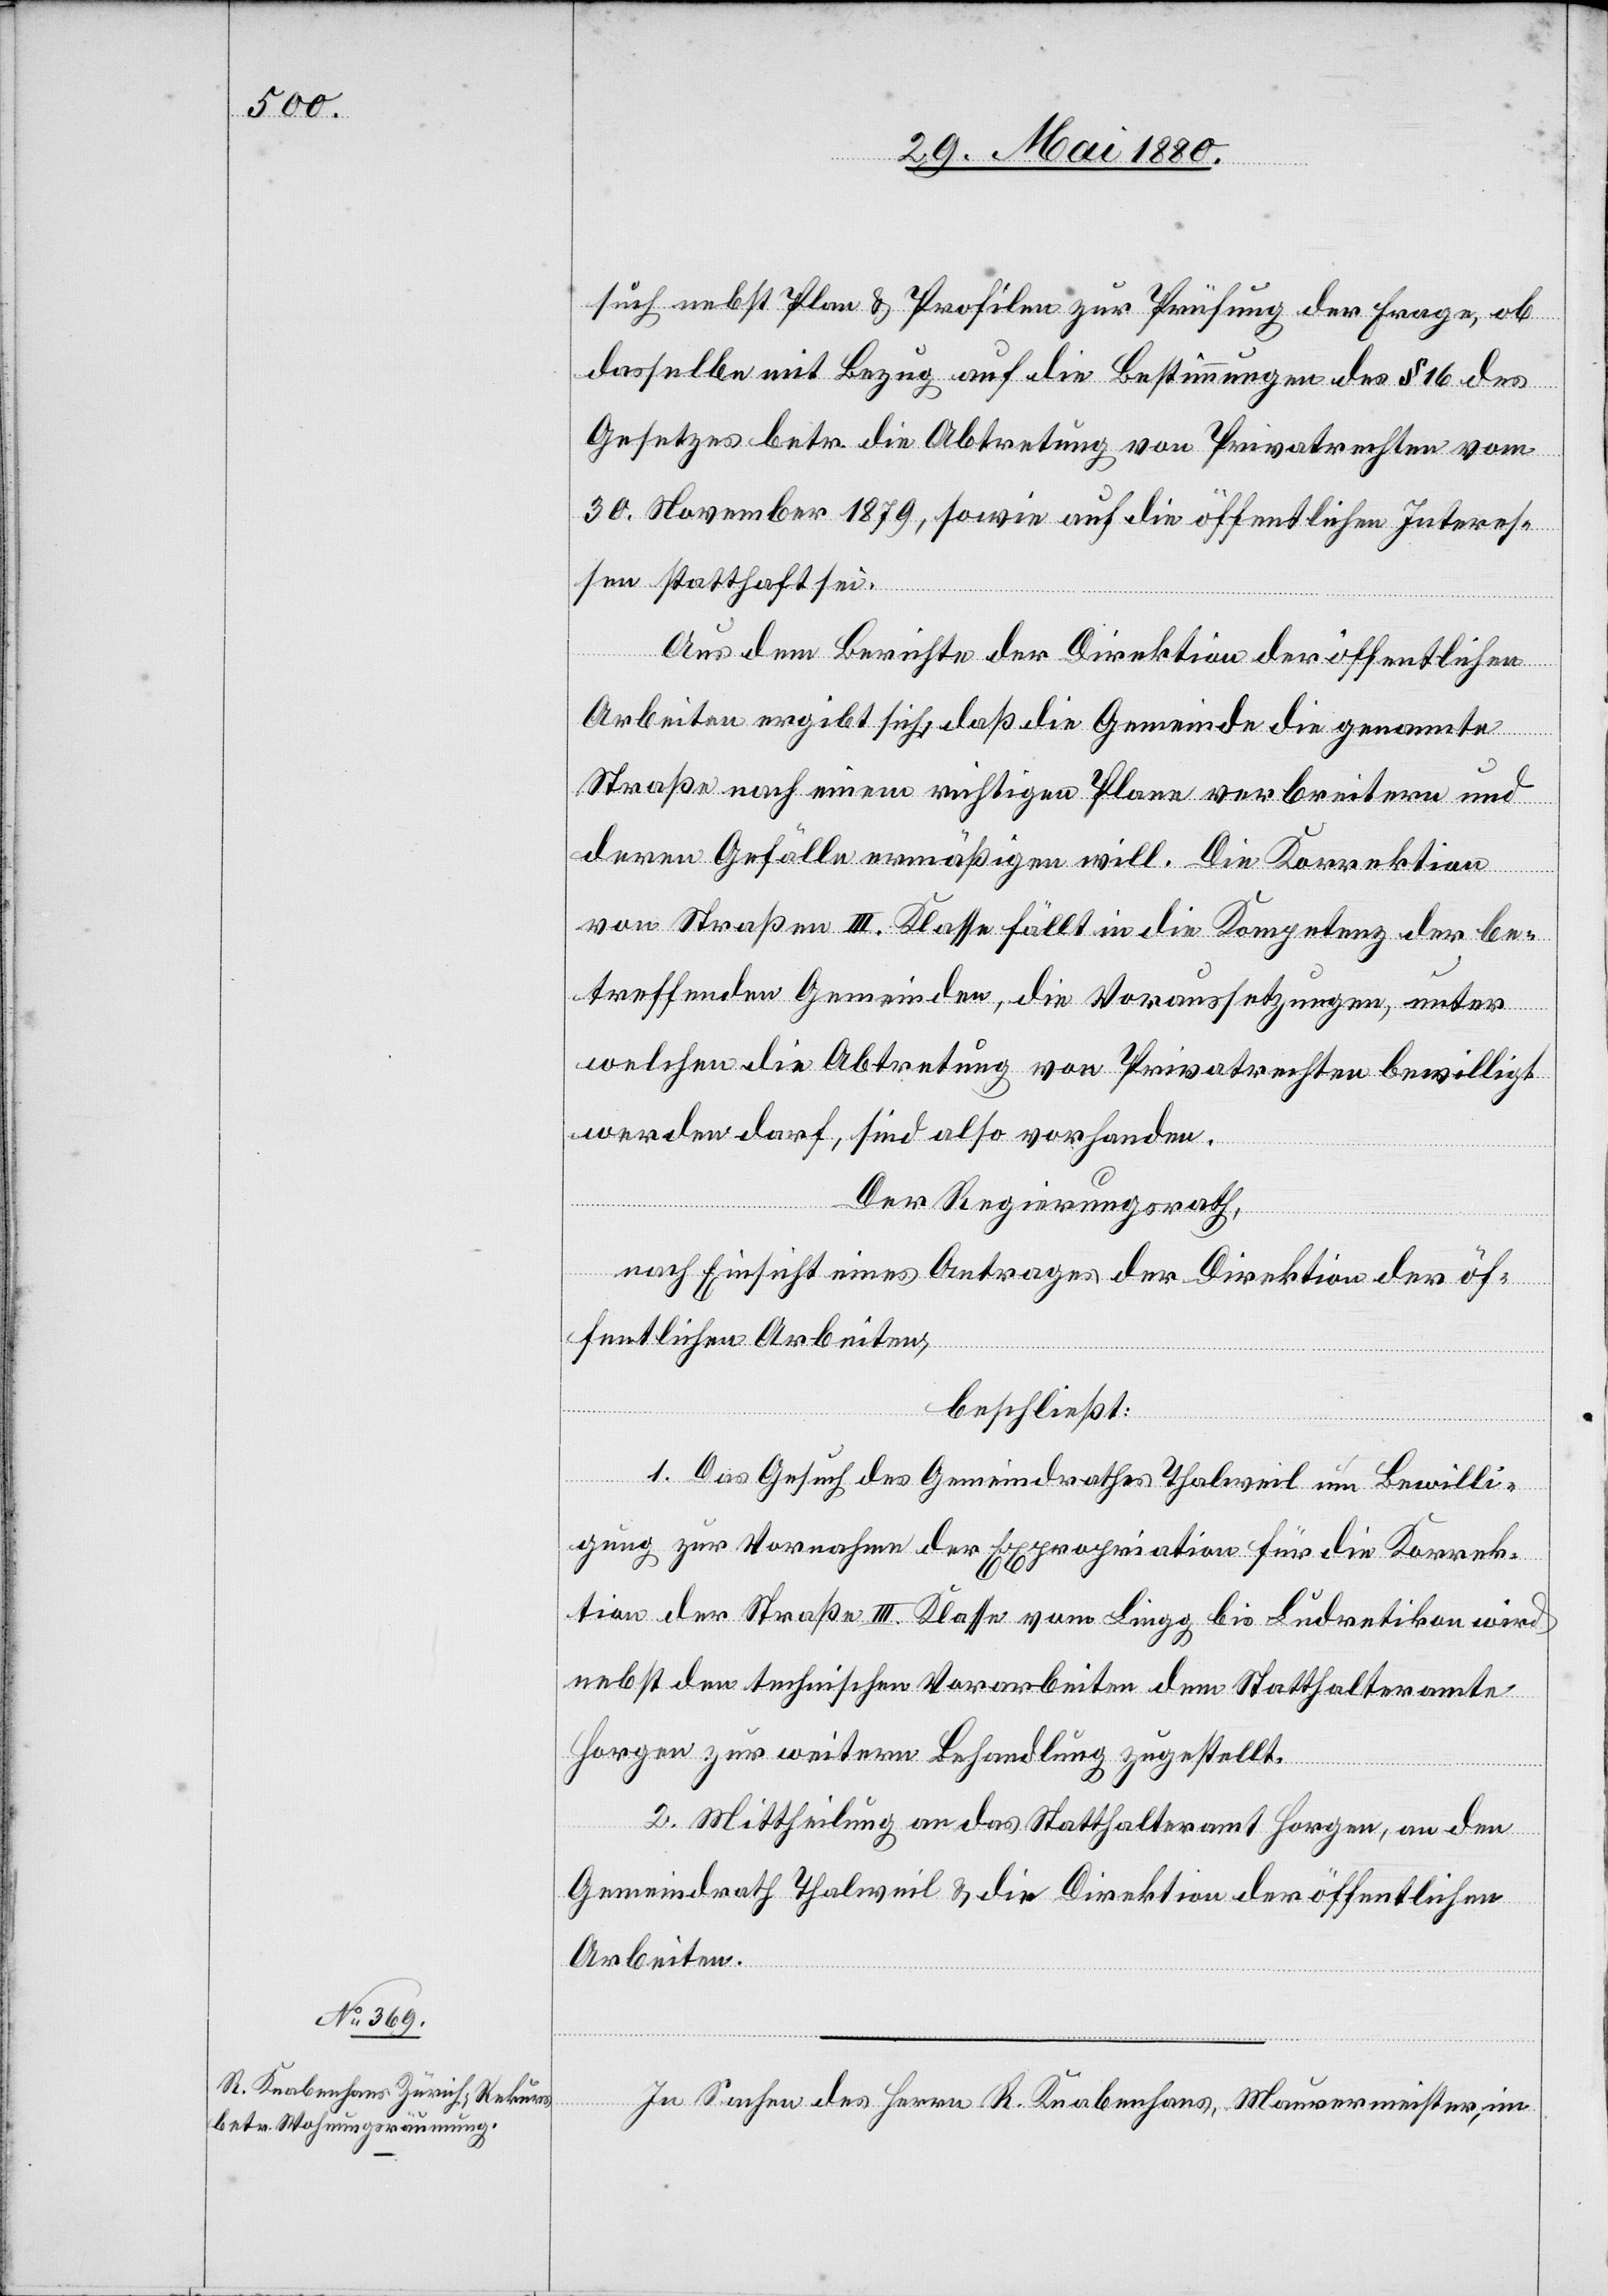
such nebst Plan & Profilen zur Prüfung der Frage, ob
dasselbe mit Bezug auf die Bestimmungen des § 16 des
Gesetzes betr. die Abtretung von Privatrechten vom
30. November 1879, sowie auf die öffentlichen Interes¬
sen statthaft sei.
Aus dem Berichte der Direktion der öffentlichen
Arbeiten ergibt sich, daß die Gemeinde die genannte
Straße nach einem richtigen Plane verbreitern und
deren Gefälle ermäßigen will. Die Korrektion
von Straßen III. Klasse fällt in die Kompetenz der be¬
treffenden Gemeinden, die Voraussetzungen, unter
welchen die Abtretung von Privatrechten bewilligt
werden darf, sind also vorhanden.
Der Regierungsrath,
nach Einsicht eines Antrages der Direktion der öf¬
fentlichen Arbeiten,
beschließt:
1. Das Gesuch des Gemeindrathes Thalweil um Bewilli¬
gung zur Vornahme der Expropriation für die Korrek¬
tion der Straße III. Klasse von Lingg bis Ludretikon wird
nebst den technischen Vorarbeiten dem Statthalteramte
Horgen zur weitern Behandlung zugestellt.
2. Mittheilung an das Statthalteramt Horgen, an den
Gemeindrath Thalweil & die Direktion der öffentlichen
Arbeiten.